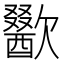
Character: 歠